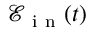
\mathcal { E } _ { \mathrm { ~ i ~ n ~ } } ( t )